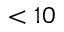
< 1 0